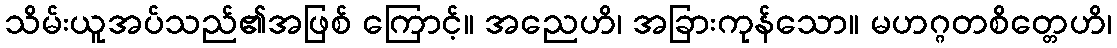
သိမ်းယူအပ်သည်၏အဖြစ် ကြောင့်။ အညေဟိ၊ အခြားကုန်သော။ မဟဂ္ဂတစိတ္တေဟိ၊